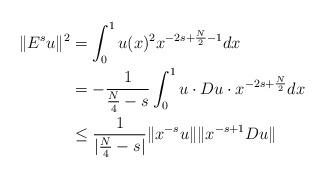
LaTeX: \begin{align*}\|E^su\|^2&=\int_0^1u(x)^2x^{-2s+\frac{N}{2}-1}dx \\&=-\frac{1}{\frac{N}{4}-s}\int_0^1u\cdot Du\cdot x^{-2s+\frac{N}{2}}dx \\&\leq\frac{1}{|\frac{N}{4}-s|}\|x^{-s}u\|\|x^{-s+1}Du\|\end{align*}